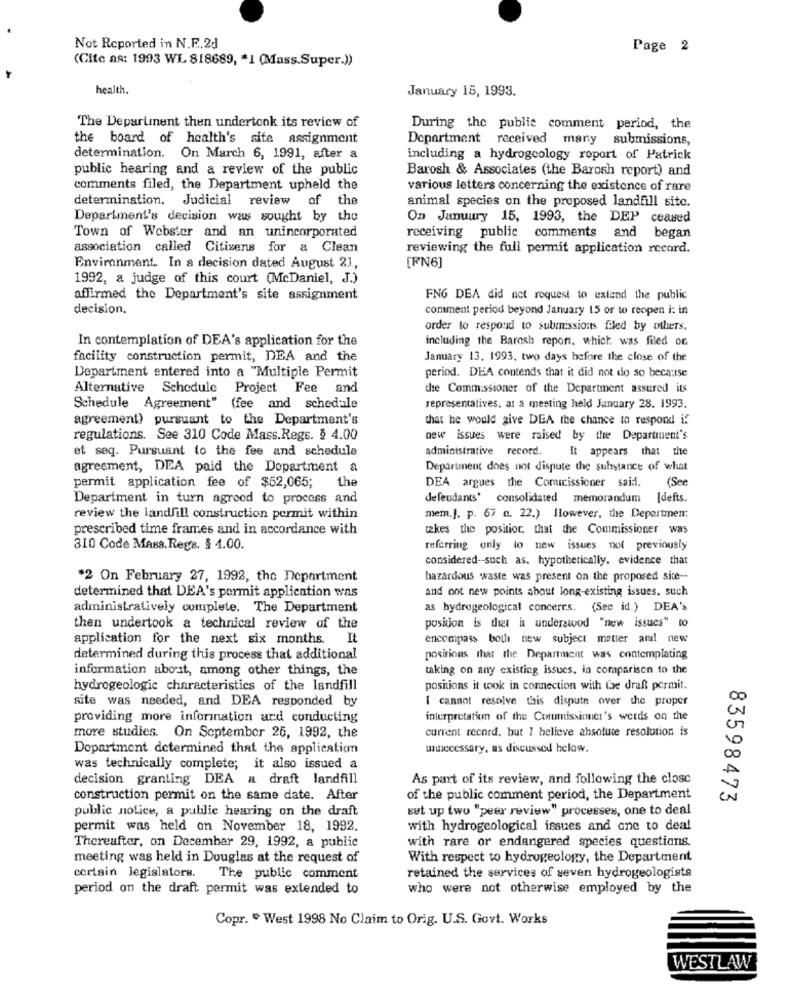
Not Reported in N.F.2d
Page 2
(Cite as: 1993 WL 818689, * 1 (Mass.Super.))
health.
January 15, 1993.
The Department then undertook its review of
During the publie comment period, the
the board of health's site assignment
Department received many submissions,
determination. On March 6, 1991, after a
including a hydrogeology report of Patrick
public hearing and a review of the public
Barosh & Associates (the Barosh report) and
comments filed, the Department upheld the
various letters concerning the existence of rare
determination. Judicial review of the
animal species on the proposed landfill sitc.
Department's decision was sought by the
On January 15, 1993, the DEP ceased
Town of Webster and an unincorporated
receiving public comments and began
association called Citizens for a Clean
reviewing the full permit application record.
Environment. In a decision dated August 21,
[FN6]
1992, a judge of this court (McDaniel, J.)
affirmed the Department's site assignment
FNG DEA did not request to extend the public
decision.
comment period beyond January 15 or to reopen i: in
order to respond to submissions filed by others.
In contemplation of DEA's application for the
including the Barosh report. which was filed on
facility construction permit, DEA and the
January 13. 1993, two days before the close of the
Department entered into a "Multiple Permit
period. DEA contends that it did not do so because
Alternative Schedule
Project Fee and
the Commissioner of the Department assured its
Schedule Agreement"
(fee and schedule
representatives, at a meeting held January 28. 1993.
agreement) pursuant to the Department's
that he would give DEA the chance to respond if
regulations. See 310 Code Mass.Regs. § 4.00
new issues were raised by the Department's
et seq. Pursuant to the fee and schedule
administrative record.
It appears that the
agreement, DEA paid the Department a
Department dnes not dispute the substance of what
DEA argues the Commissioner said.
(See
permit application fee of $52,065;
the
Department in turn agreed to process and
defendants' consolidated memorandum [defts.
review the landfill construction permit within
mem.J. p. 67 n. 22.) However, the Depertinen:
prescribed time frames and in accordance with
takes the position. that the Commissioner was
310 Code Mass.Regs. § 4.00.
referring only to new issues not previously
considered -- such as. hypothetically, evidence that
*2 On February 27, 1992, the Department
hazardous waste was present on the proposed site --
determined that DEA's pormit application was
and not new points about long-existing issues. such
administratively complete. The Department
as hydrogeological concerrs. (See id.) DEA's
then undertook a technical review of the
position is that i understood "new issues" to
application for the next six months. It
encompass bolli new subject matter and new
determined during this process that additional
positions that the Department was contemplating
information about, among other things, the
taking on any existing issues, in comparison to the
hydrogeologic characteristics of the landfill
positions it wok in connection with Ge draft permit.
site was needed, and DEA responded by
I cannot resolve this dispute over the proper
providing more information and conducting
interpretation of the Commissioner's werds on the
current record. but 1 believe absolute resolution is
more studies. On September 25, 1992, the
Department determined that the application
wwecessary, as discussed below.
was technically complete; it also issued a
decision granting DEA a draft landfill
As part of its review, and following the closc
construction permit on the same date. After
of the public comment period, the Department
83598473
public notice, a public hearing on the draft
set up two "peer review" processes, one to deal
permit was held on November 18, 1992.
with hydrogeological issues and one to deal
with rare or endangered species questions.
Thereafter, on December 29, 1992, a public
meeting was held in Douglas at the request of
With respect to hydrogeology, the Department
certain legislators.
The public comment
retained the services of seven hydrogeologists
period on the draft permit was extended to
who were not otherwise employed by the
Copr. " West 1998 No Claim to Orig. U.S. Govt. Works
WESTLAW